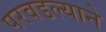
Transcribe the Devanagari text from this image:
परवडल्याने